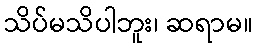
သိပ်မသိပါဘူး၊ ဆရာမ။